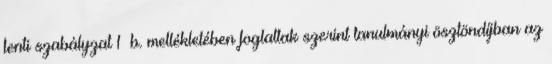
fenti szabályzat 1 b. mellékletében foglaltak szerint tanulmányi ösztöndíjban az